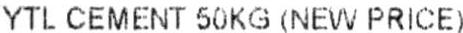
YTL CEMENT 50KG (NEW PRICE)